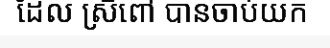
ដែល ស្រីពៅ បានចាប់យក